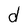
Character: d